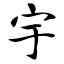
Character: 宇